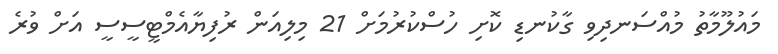
މައުލޫމާތު މުއްސަނދިވި ގާކުނޑި ކޮށި ހުސްކުރުމަށް 21 މިލިއަން ރުފިޔާއެމްޓީސީސީ އަށް ވުރެ